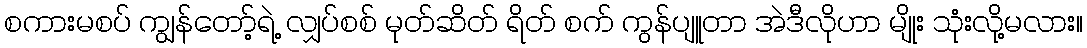
စကားမစပ် ကျွန်တော့်ရဲ့ လျှပ်စစ် မုတ်ဆိတ် ရိတ် စက် ကွန်ပျူတာ အဲဒီလိုဟာ မျိုး သုံးလို့မလား။